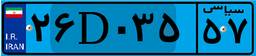
۲۶D۰۳۵۵۷